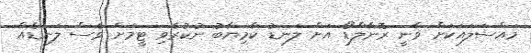
މައްސަލައަކަށް ވާނީ ރޮނާލްޑޯ އަށް ލަނޑު ކާމިޔާބު ނުކުރެވި ޓީމަށް ވެސް ލަނޑެއް